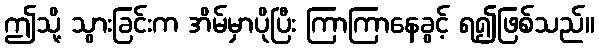
ဤသို့ သွားခြင်းက အိမ်မှာပိုပြီး ကြာကြာနေခွင့် ရ၍ဖြစ်သည်။